Leaving Certificate Examination (including Day School Certificate (Higher) General paper), 1935
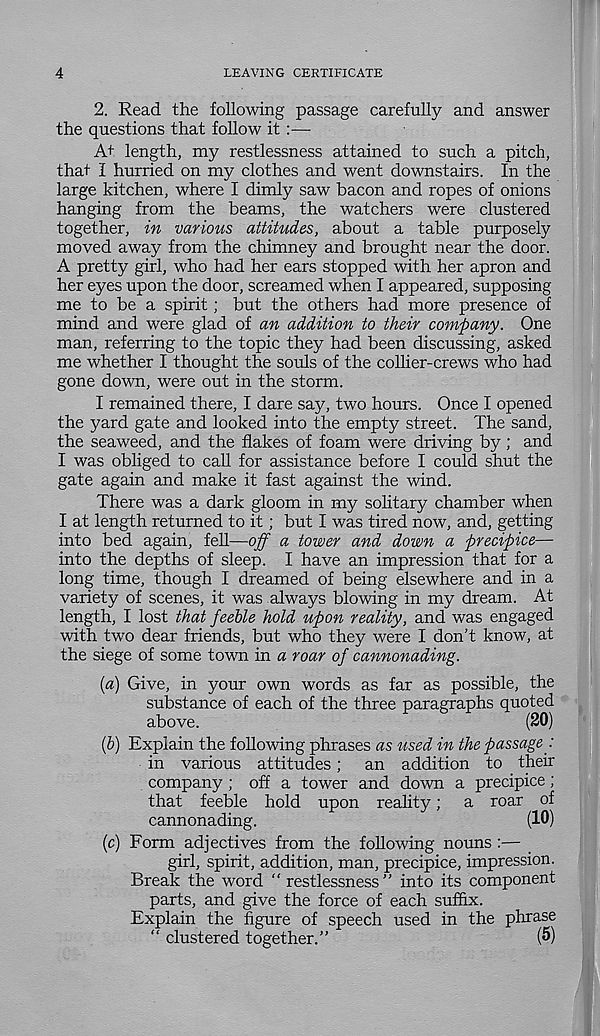
4
LEAVING CERTIFICATE
2. Read the following passage carefully and answer
the questions that follow it :—
At length, my restlessness attained to such a pitch,
that I hurried on my clothes and went downstairs. In the
large kitchen, where I dimly saw bacon and ropes of onions
hanging from the beams, the watchers were clustered
together, in various attitudes, about a table purposely
moved away from the chimney and brought near the door.
A pretty girl, who had her ears stopped with her apron and
her eyes upon the door, screamed when I appeared, supposing
me to be a spirit; but the others had more presence of
mind and were glad of an addition to their company. One
man, referring to the topic they had been discussing, asked
me whether I thought the souls of the collier-crews who had
gone down, were out in the storm.
I remained there, I dare say, two hours. Once I opened
the yard gate and looked into the empty street. The sand,
the seaweed, and the flakes of foam were driving by; and
I was obliged to call for assistance before I could shut the
gate again and make it fast against the wind.
There was a dark gloom in my solitary chamber when
I at length returned to it; but I was tired now, and, getting
into bed again, fell—off a tower and down a precipice—
into the depths of sleep. I have an impression that for a
long time, though I dreamed of being elsewhere and in a
variety of scenes, it was always blowing in my dream. At
length, I lost that feeble hold upon reality, and was engaged
with two dear friends, but who they were I don’t know, at
the siege of some town in a roar of cannonading.
(a) Give, in your own words as far as possible, the
substance of each of the three paragraphs quoted
above.
(20)
(р) Explain the following phrases as used in the passage :
in various attitudes; an addition to their
company ; off a tower and down a precipice;
that feeble hold upon reality; a roar of
cannonading.
(10)
(с) Form adjectives from the following nouns :—
girl, spirit, addition, man, precipice, impression.
Break the word “ restlessness ” into its component
parts, and give the force of each suffix.
Explain the figure of speech used in the phrase
“ clustered together.”
(5)